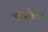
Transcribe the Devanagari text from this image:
मामांवरच